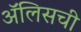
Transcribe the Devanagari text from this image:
ॲलिसची